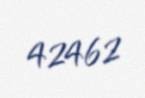
42462